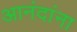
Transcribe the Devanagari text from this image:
आनंदांना